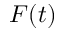
F ( t )